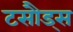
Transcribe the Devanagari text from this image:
टसौड्स